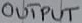
Text: OUTPUT